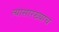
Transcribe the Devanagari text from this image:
त्यासारख्याच